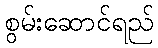
စွမ်းဆောင်ရည်